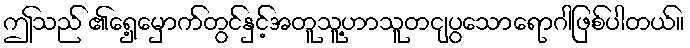
ဤသည် ၏ရှေ့မှောက်တွင်နှင့်အတူသူ့ဟာသူတငျပွသောရောဂါဖြစ်ပါတယ်။